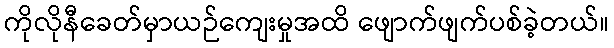
ကိုလိုနီခေတ်မှာယဉ်ကျေးမှုအထိ ဖျောက်ဖျက်ပစ်ခဲ့တယ်။